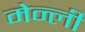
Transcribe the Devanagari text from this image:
मेन्ली